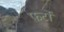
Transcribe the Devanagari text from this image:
फर्टो